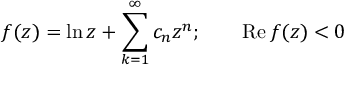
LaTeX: f ( z ) = \ln z + \sum _ { k = 1 } ^ { \infty } c _ { n } z ^ { n } ; \qquad \mathrm { R e } \, f ( z ) < 0